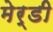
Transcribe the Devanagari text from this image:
मेर्डी